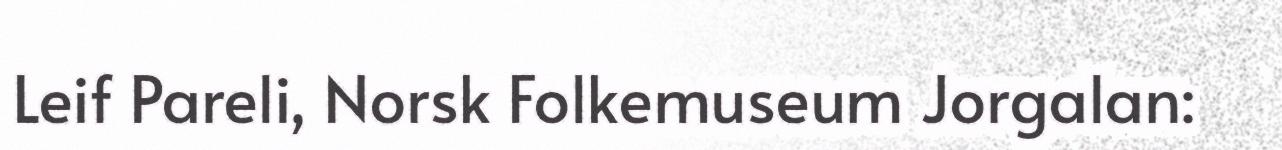
Leif Pareli, Norsk Folkemuseum Jorgalan: